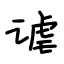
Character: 谑